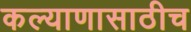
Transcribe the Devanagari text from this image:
कल्याणासाठीच